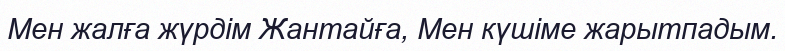
Мен жалға жүрдім Жантайға, Мен күшіме жарытпадым.